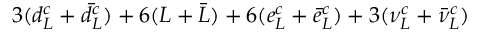
3 ( d _ { L } ^ { c } + \bar { d } _ { L } ^ { c } ) + 6 ( L + \bar { L } ) + 6 ( e _ { L } ^ { c } + \bar { e } _ { L } ^ { c } ) + 3 ( \nu _ { L } ^ { c } + \bar { \nu } _ { L } ^ { c } )